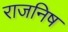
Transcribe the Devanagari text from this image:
राजनिष